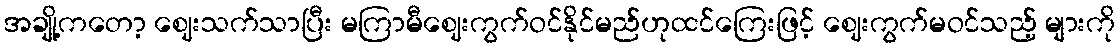
အချို့ကတော့ ဈေးသက်သာပြီး မကြာမီဈေးကွက်ဝင်နိုင်မည်ဟုထင်ကြေးဖြင့် ဈေးကွက်မဝင်သည့် များကို